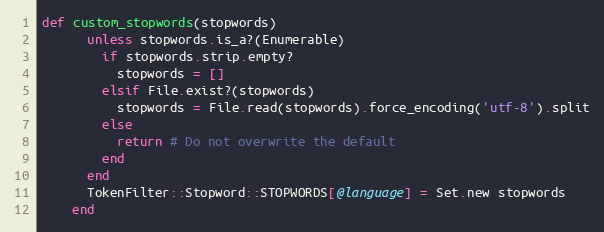
Language: Ruby
def custom_stopwords(stopwords)
      unless stopwords.is_a?(Enumerable)
        if stopwords.strip.empty?
          stopwords = []
        elsif File.exist?(stopwords)
          stopwords = File.read(stopwords).force_encoding('utf-8').split
        else
          return # Do not overwrite the default
        end
      end
      TokenFilter::Stopword::STOPWORDS[@language] = Set.new stopwords
    end